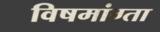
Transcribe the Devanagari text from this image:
विषमांग्ता